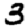
Digit: 3